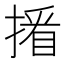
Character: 𢲏